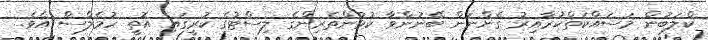
ކްލަބުން މަސައްކަތްކުރާއިރު ގެންނަން ބޭނުންވާ ކުޅުންތެރިންގެ ލިސްޓުގެ ކުރީގައި އޮތީ ހުމެލްސް އެވެ.